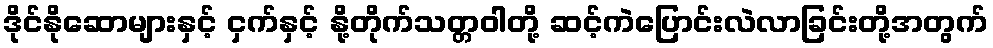
ဒိုင်နိုဆောများနှင့် ငှက်နှင့် နို့တိုက်သတ္တဝါတို့ ဆင့်ကဲပြောင်းလဲလာခြင်းတို့အတွက်